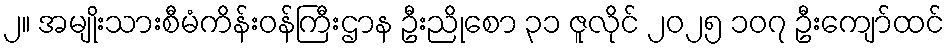
၂။ အမျိုးသားစီမံကိန်းဝန်ကြီးဌာန ဦးညိုစော ၃၁ ဇူလိုင် ၂၀၂၅ ၁၀၇ ဦးကျော်ထင်